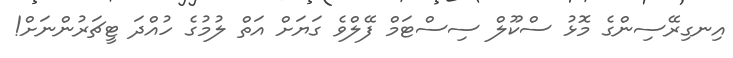
އިނގިރޭސިންގެ މޮޅު ސްކޫލް ސިސްޓަމް ފޭލްވެ ގަޔަށް އަތް ލުމުގެ ހުއްދަ ޓީޗަރުންނަށް!